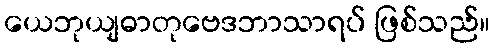
ယေဘုယျဓာတုဗေဒဘာသာရပ် ဖြစ်သည်။